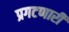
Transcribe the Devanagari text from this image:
प्रगटणारी